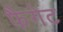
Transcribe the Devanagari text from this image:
फैगेट